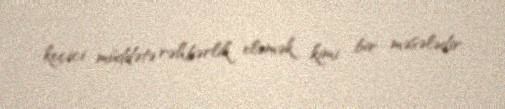
keçici müddətə rəhbərlik eləmək kimi bir məsələdir.